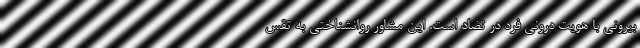
بیرونی با هویت درونی فرد در تضاد است. این مشاور روانشناختی به تقس